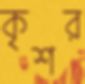
কৃশর